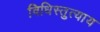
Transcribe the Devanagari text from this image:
विधिस्तुत्याय